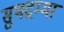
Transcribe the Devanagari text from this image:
सुभद्रम्मा